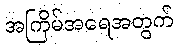
အကြိမ်အရေအတွက်